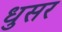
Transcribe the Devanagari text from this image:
धुसर